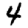
Digit: 4